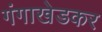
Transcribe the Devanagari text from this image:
गंगाखेडकर